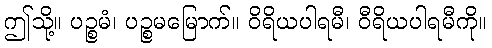
ဤသို့။ ပဉ္စမံ၊ ပဉ္စမမြောက်။ ဝိရိယပါရမီ၊ ဝီရိယပါရမီကို။